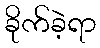
ခိုက်ခဲ့ရာ